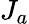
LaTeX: J_{a}